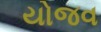
યોજવ